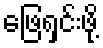
ဖြေရှင်းဖို့